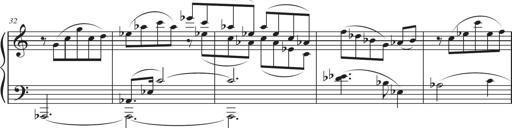
Title: Sonatina in D major
Composer: Shota Saitoh
Key: D major